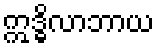
ဣဒ္ဓိလာဘာယ